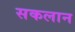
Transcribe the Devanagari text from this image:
सकलान